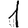
Digit: 1